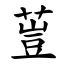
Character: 䔇